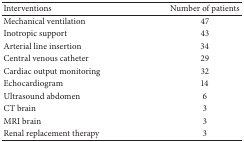
<table><thead><tr><td><b>Interventions</b></td><td><b>Number of patients</b></td></tr></thead><tbody><tr><td>Mechanical ventilation </td><td>47</td></tr><tr><td>Inotropic support </td><td>43</td></tr><tr><td>Arterial line insertion </td><td>34</td></tr><tr><td>Central venous catheter </td><td>29</td></tr><tr><td>Cardiac output monitoring</td><td>32</td></tr><tr><td>Echocardiogram </td><td>14</td></tr><tr><td>Ultrasound abdomen </td><td>6</td></tr><tr><td>CT brain </td><td>3</td></tr><tr><td>MRI brain </td><td>3</td></tr><tr><td>Renal replacement therapy</td><td>3</td></tr></tbody></table>